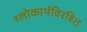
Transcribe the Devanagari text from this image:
श्लोकार्थविरहित